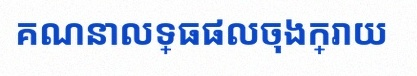
គណនាលទ្ធផលចុងក្រោយ